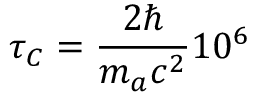
\tau _ { C } = \frac { 2 \hbar } { m _ { a } c ^ { 2 } } 1 0 ^ { 6 }